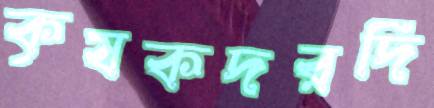
কৃষকদরদি